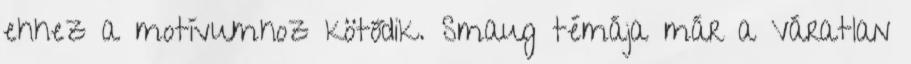
ehhez a motívumhoz kötődik. Smaug témája már a Váratlan